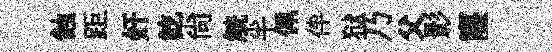
蝕距奸訖尙觥半佩伴狱乃父影窿